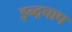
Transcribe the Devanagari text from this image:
इन्द्रचाप